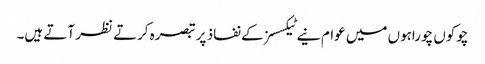
چوکوں چوراہوں میں عوام نیے ٹیکسسز کے نفاذ پر تبصرہ کرتے نظر آتے ہیں۔